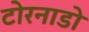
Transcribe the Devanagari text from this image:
टोरनाडो